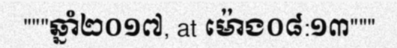
"""ឆ្នាំ២០១៧, at ម៉ោង០៨:១៣"""